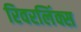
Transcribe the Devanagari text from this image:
रिवरलिंक्स